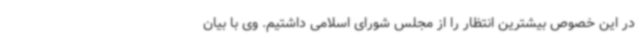
در این خصوص بیشترین انتظار را از مجلس شورای اسلامی داشتیم. وی با بیان